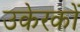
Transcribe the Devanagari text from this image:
उकेरकों